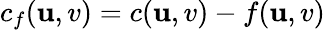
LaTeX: c_{f}(\mathbf{u},v)=c(\mathbf{u},v)-f(\mathbf{u},v)